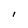
Character: l